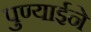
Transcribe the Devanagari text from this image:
पुण्याईने